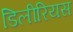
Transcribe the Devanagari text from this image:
डिलीरियस